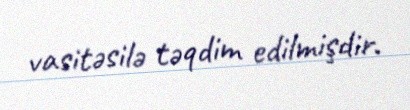
vasitəsilə təqdim edilmişdir.